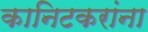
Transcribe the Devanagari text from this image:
कानिटकरांना